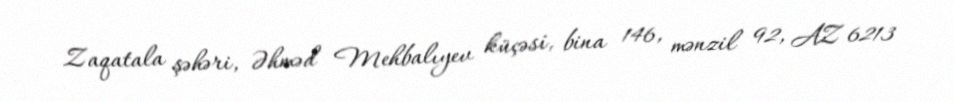
Zaqatala şəhəri, Əhməd Mehbalıyev küçəsi, bina 146, mənzil 92, AZ 6213